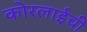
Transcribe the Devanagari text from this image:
कोरलाईची